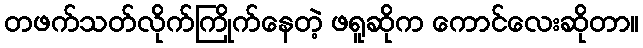
တဖက်သတ်လိုက်ကြိုက်နေတဲ့ ဖရူဆိုက ကောင်လေးဆိုတာ။